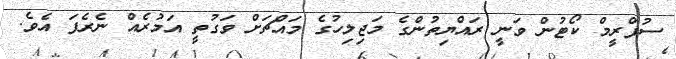
ސުޕްރީމް ކޯޓުން ވަނީ ރައްޔިތުންގެ މަޖިލިހުގެ މައްޗަށް ވަގުތީ އަމުރެއް ނެރެފަ އެވެ.